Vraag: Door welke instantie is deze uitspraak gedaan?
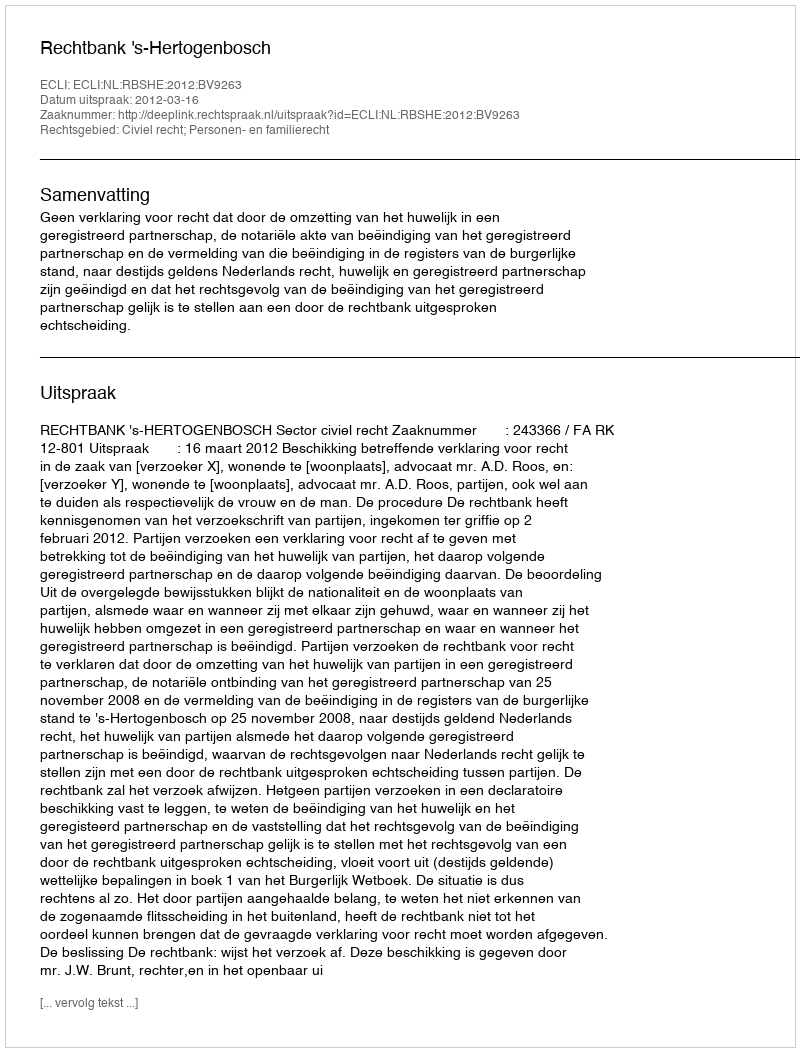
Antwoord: Rechtbank 's-Hertogenbosch